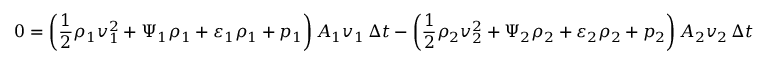
0 = \left( { \frac { 1 } { 2 } } \rho _ { 1 } v _ { 1 } ^ { 2 } + \Psi _ { 1 } \rho _ { 1 } + \varepsilon _ { 1 } \rho _ { 1 } + p _ { 1 } \right) A _ { 1 } v _ { 1 } \, \Delta t - \left( { \frac { 1 } { 2 } } \rho _ { 2 } v _ { 2 } ^ { 2 } + \Psi _ { 2 } \rho _ { 2 } + \varepsilon _ { 2 } \rho _ { 2 } + p _ { 2 } \right) A _ { 2 } v _ { 2 } \, \Delta t